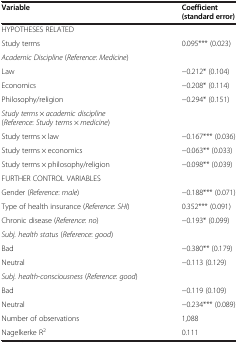
<table><thead><tr><td><b>Variable</b></td><td><b>Coefficient (standard error)</b></td></tr></thead><tbody><tr><td colspan="2">HYPOTHESES RELATED</td></tr><tr><td>Study terms</td><td>0.095*** (0.023)</td></tr><tr><td colspan="2"><i>Academic Discipline</i> (<i>Reference</i>: <i>Medicine</i>)</td></tr><tr><td>Law</td><td>−0.212* (0.104)</td></tr><tr><td>Economics</td><td>−0.208* (0.114)</td></tr><tr><td>Philosophy/religion</td><td>−0.294* (0.151)</td></tr><tr><td colspan="2"><i>Study terms</i> × <i>academic discipline</i> (<i>Reference</i>: <i>Study terms</i> × <i>medicine</i>)</td></tr><tr><td>Study terms × law</td><td>−0.167*** (0.036)</td></tr><tr><td>Study terms × economics</td><td>−0.063** (0.033)</td></tr><tr><td>Study terms × philosophy/religion</td><td>−0.098** (0.039)</td></tr><tr><td colspan="2">FURTHER CONTROL VARIABLES</td></tr><tr><td>Gender (<i>Reference</i>: <i>male</i>)</td><td>−0.188*** (0.071)</td></tr><tr><td>Type of health insurance (<i>Reference</i>: <i>SHI</i>)</td><td>0.352*** (0.091)</td></tr><tr><td>Chronic disease (<i>Reference</i>: <i>no</i>)</td><td>−0.193* (0.099)</td></tr><tr><td colspan="2"><i>Subj. health status</i> (<i>Reference</i>: <i>good</i>)</td></tr><tr><td>Bad</td><td>−0.380** (0.179)</td></tr><tr><td>Neutral</td><td>−0.113 (0.129)</td></tr><tr><td><i>Subj. health</i>-<i>consciousness</i> (<i>Reference</i>: <i>good</i>)</td><td> </td></tr><tr><td>Bad</td><td>−0.119 (0.109)</td></tr><tr><td>Neutral</td><td>−0.234*** (0.089)</td></tr><tr><td>Number of observations</td><td>1,088</td></tr><tr><td>Nagelkerke R<sup>2</sup></td><td>0.111</td></tr></tbody></table>